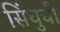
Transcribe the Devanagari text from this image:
सिंधुची